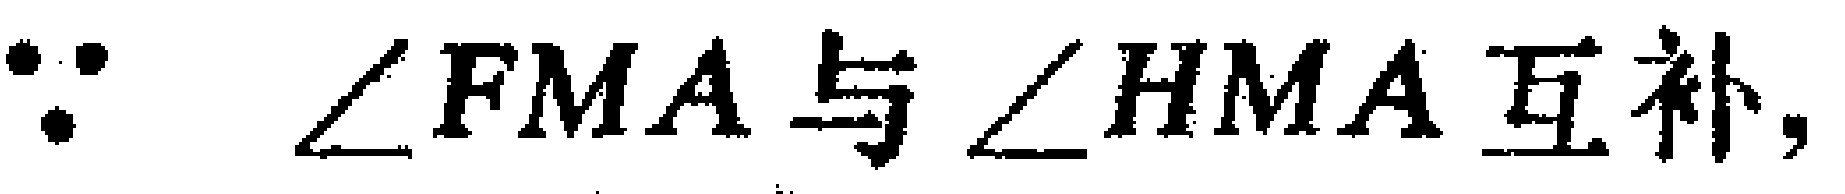
$\because\angle FMA\text{与}\angle HMA\text{互补,}$